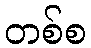
တစ်စ